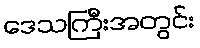
ဒေသကြီးအတွင်း